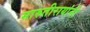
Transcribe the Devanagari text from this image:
मारुतीरायांनी